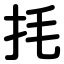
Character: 㧌